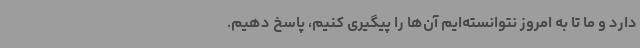
دارد و ما تا به امروز نتوانسته‌ایم آن‌ها را پیگیری کنیم، پاسخ دهیم.